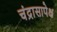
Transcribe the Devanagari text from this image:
चंद्रासापेक्ष